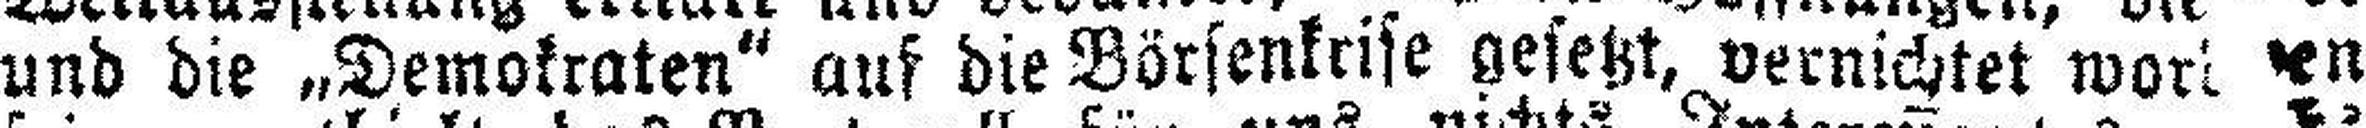
und die „Demokraten“ auf die Börsenkrise gesetzt, vernichtet wor###en